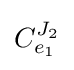
C_{e_{1}}^{J_{2}}